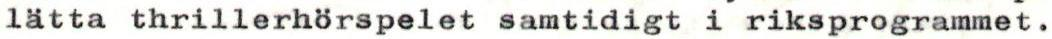
lätta thrillerhörspelet samtidigt i riksprogrammet.